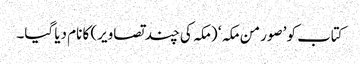
کتاب کو ’صور من مکہ ‘ (مکہ کی چند تصاویر) کا نام دیا گیا۔